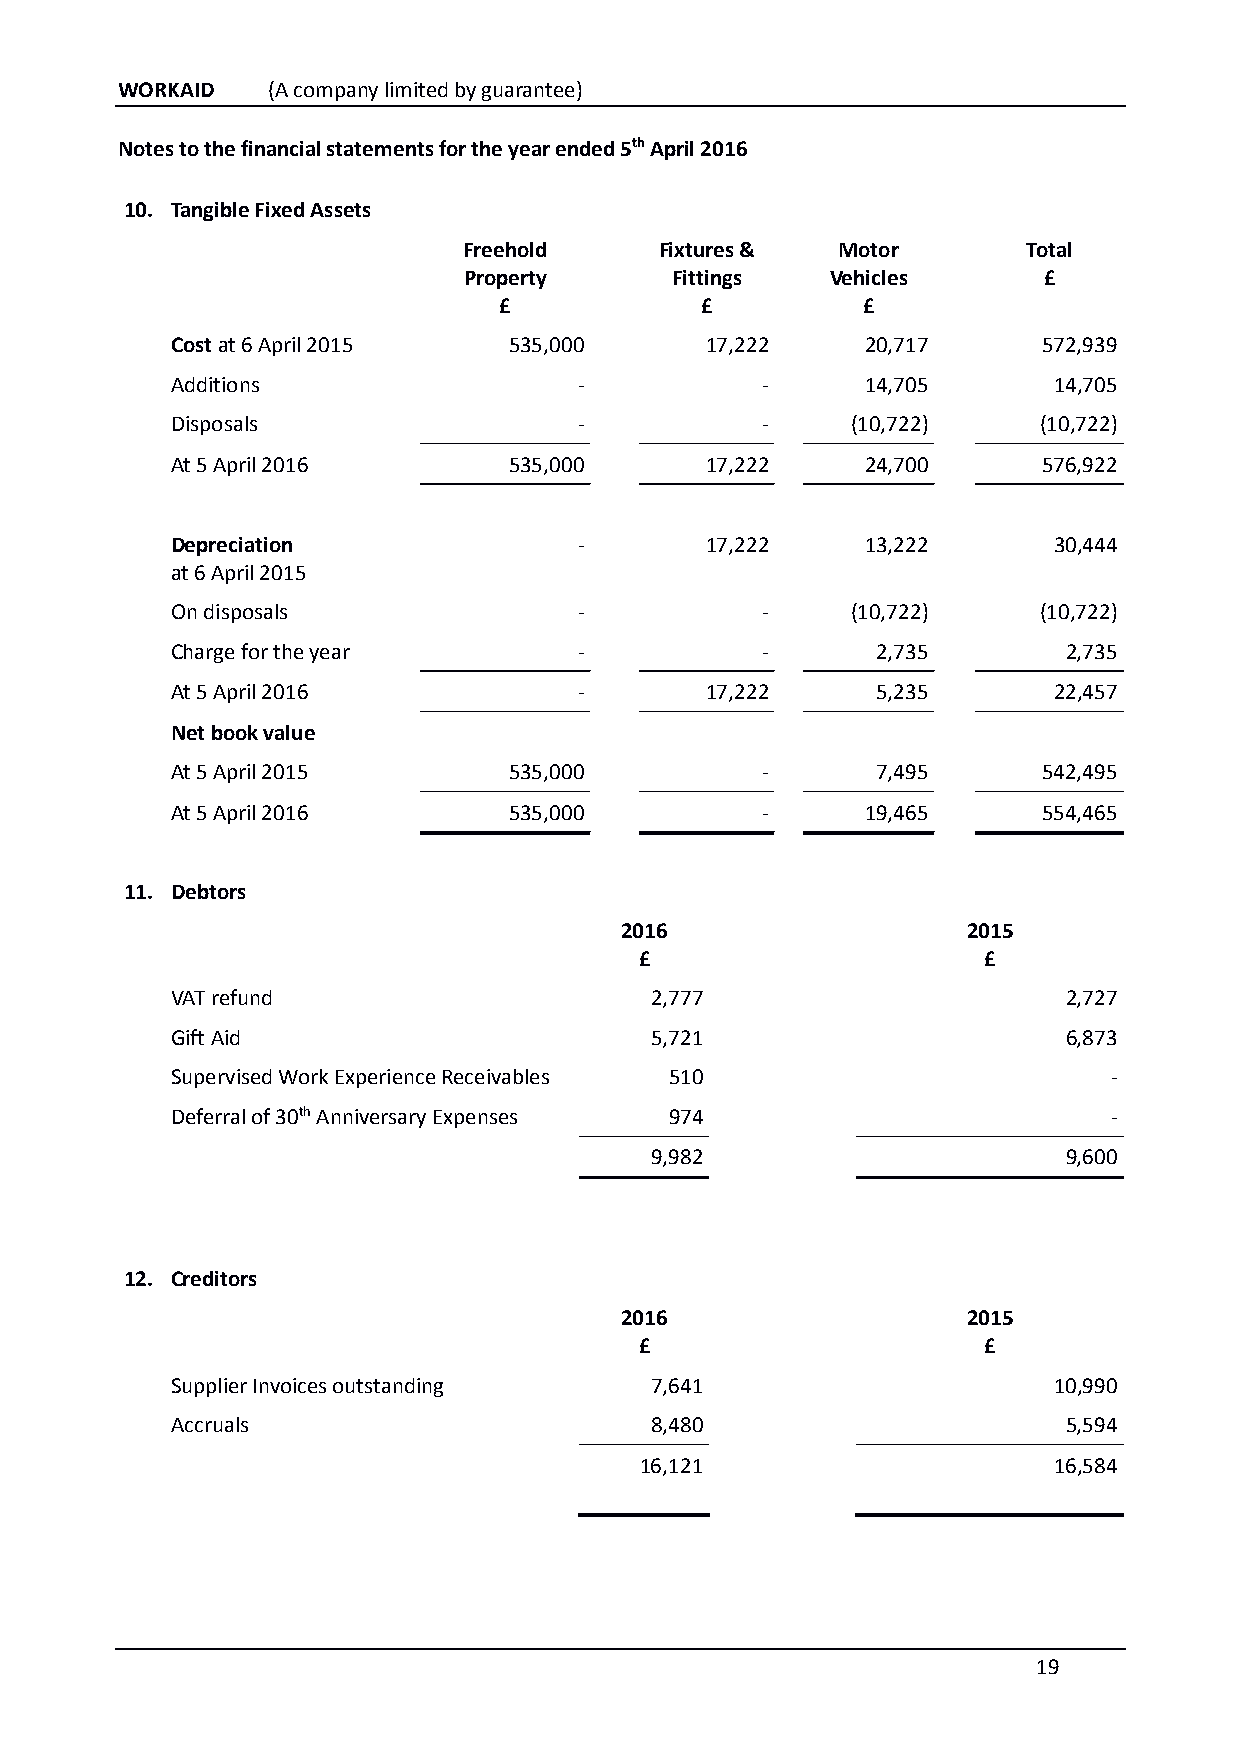
WORKAID   (A company limited by guarantee)
 Notes to the financial statements for the year ended 5th April 2016
 10. Tangible Fixed Assets
 Freehold     Fixtures & Motor        Total
 Property     Fittings   Vehicles      £
 £            £          £
 Cost at 6 April 2015   535,000      17,222    20,717      572,939
 Additions                  -           -      14,705       14,705
 Disposals                  -           -     (10,722)     (10,722)
 At 5 April 2016        535,000      17,222    24,700      576,922
 Depreciation               -        17,222    13,222       30,444
 at 6 April 2015
 On disposals               -           -     (10,722)     (10,722)
 Charge for the year        -           -       2,735        2,735
 At 5 April 2016            -        17,222     5,235       22,457
 Net book value
 At 5 April 2015        535,000         -       7,495      542,495
 At 5 April 2016        535,000         -      19,465      554,465
 11. Debtors
 2016                   2015
 £                      £
 VAT refund                      2,777                       2,727
 Gift Aid                        5,721                       6,873
 Supervised Work Experience Receivables 510                     -
 Deferral of 30th Anniversary Expenses 974                      -
 9,982                       9,600
 12. Creditors
 2016                   2015
 £                      £
 Supplier Invoices outstanding   7,641                      10,990
 Accruals                        8,480                       5,594
 16,121                      16,584
 19